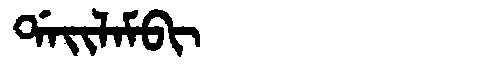
Manchu: ᡩᠠᡳᠯᠠᠮᠪᡳ
Romanization: DAILAMBI